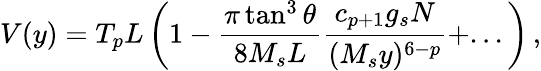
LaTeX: V(y)=T_{p}L\left(1-\frac{\pi\tan^{3}\theta}{8M_{s}L}\frac{c_{p+1}g_{s}N}{(M_{s}y)^{6-p}}+...\right)\, ,